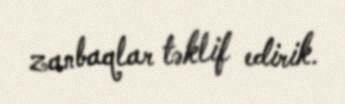
zanbaqlar təklif edirik.